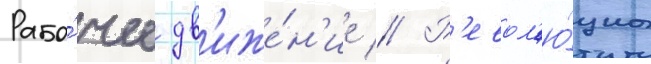
Рабо́чее дв'иже́н'ие // Р'евол'ю́циа